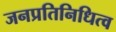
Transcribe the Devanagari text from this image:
जनप्रतिनिधित्व